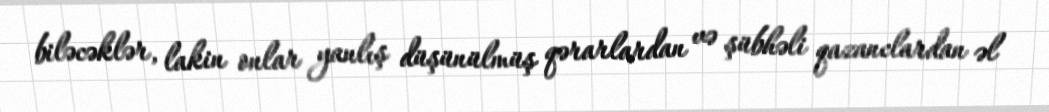
biləcəklər, lakin onlar yanlış düşünülmüş qərarlardan və şübhəli qazanclardan əl